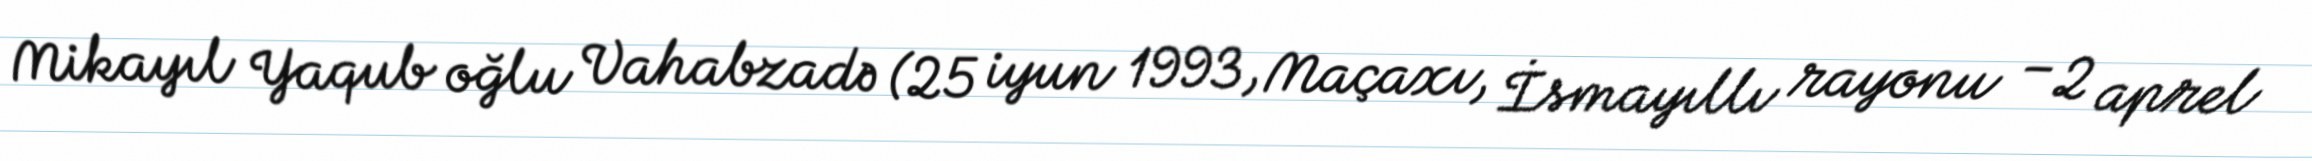
Mikayıl Yaqub oğlu Vahabzadə (25 iyun 1993, Maçaxı, İsmayıllı rayonu – 2 aprel